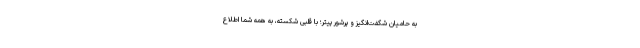
به حامیان شگفت‌انگیز و پرشور پیتر؛ با قلبی شکسته، به همه شما اطلاع